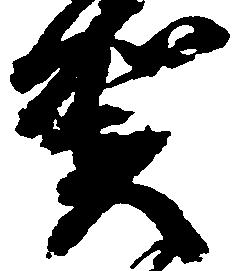
賀